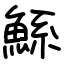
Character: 鯀